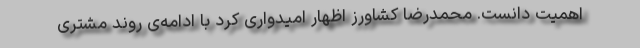
اهمیت دانست. محمدرضا کشاورز اظهار امیدواری کرد با ادامه‌ی روند مشتری